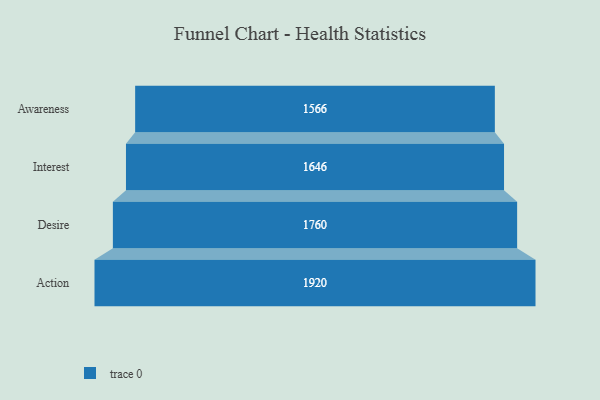
{"axis": {"x": "Stage", "y": "Value"}, "legend": [""], "data": [{"x": "Awareness", "y": 1566.0, "type": ""}, {"x": "Interest", "y": 1646.0, "type": ""}, {"x": "Desire", "y": 1760.0, "type": ""}, {"x": "Action", "y": 1920.0, "type": ""}]}